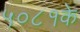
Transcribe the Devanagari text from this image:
५०८१के